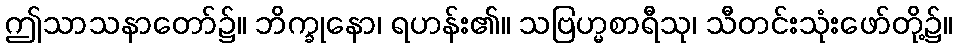
ဤသာသနာတော်၌။ ဘိက္ခုနော၊ ရဟန်း၏။ သဗြဟ္မစာရီသု၊ သီတင်းသုံးဖော်တို့၌။